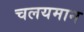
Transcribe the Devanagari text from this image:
चलयमान